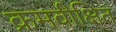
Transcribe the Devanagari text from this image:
क्रमवीक्षित